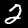
Digit: 2